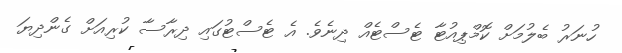
ހުނަރު ބެލުމަށް ކޮމްޕިއުޓާ ޓެސްޓެއް ދިނެވެ. އެ ޓެސްޓުގައި ދިރާސާ ކުރިއަށް ގެންދިޔަ